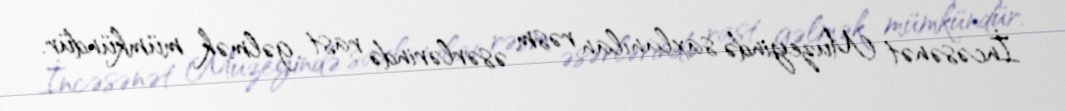
İncəsənət Muzeyində saxlanılan rəsm əsərlərində rast gəlmək mümkündür.